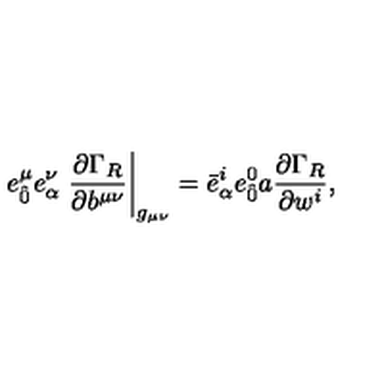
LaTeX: e _ { \hat { 0 } } ^ { \mu } e _ { \alpha } ^ { \nu } \left. \frac { \partial \Gamma _ { R } } { \partial b ^ { \mu \nu } } \right| _ { g _ { \mu \nu } } = { \bar { e } } _ { \alpha } ^ { i } { e } _ { \hat { 0 } } ^ { 0 } a \frac { \partial \Gamma _ { R } } { \partial w ^ { i } } ,